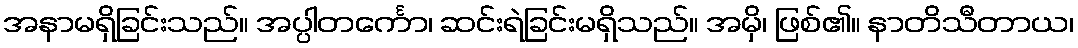
အနာမရှိခြင်းသည်။ အပ္ပါတင်္ကော၊ ဆင်းရဲခြင်းမရှိသည်။ အမှိ၊ ဖြစ်၏။ နာတိသီတာယ၊